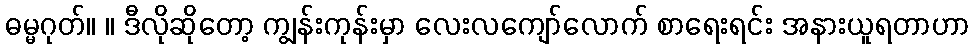
ဓမ္မဂုတ်။ ။ ဒီလိုဆိုတော့ ကျွန်းကုန်းမှာ လေးလကျော်လောက် စာရေးရင်း အနားယူရတာဟာ